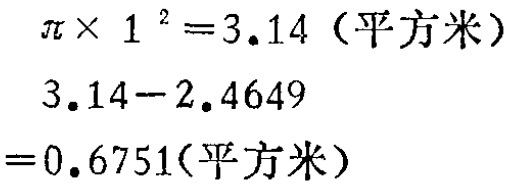
\[\begin{align*}

\pi\times1^{2}& = 3.14 (\text{平方米})\\

3.14 - 2.4649&\\

&= 0.6751(\text{平方米})

\end{align*}\]